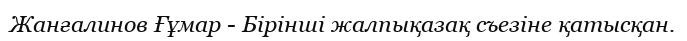
Жанғалинов Ғұмар - Бірінші жалпықазақ съезіне қатысқан.